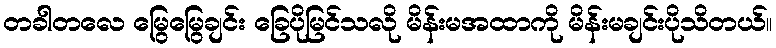
တခါတလေ မြွေမြွေချင်း ခြေပိုမြင်သလို မိန်းမအထာကို မိန်းမချင်းပိုသိတယ်။